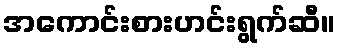
အကောင်းစားဟင်းရွက်ဆီ။